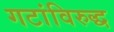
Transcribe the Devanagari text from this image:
गटांविरुद्ध